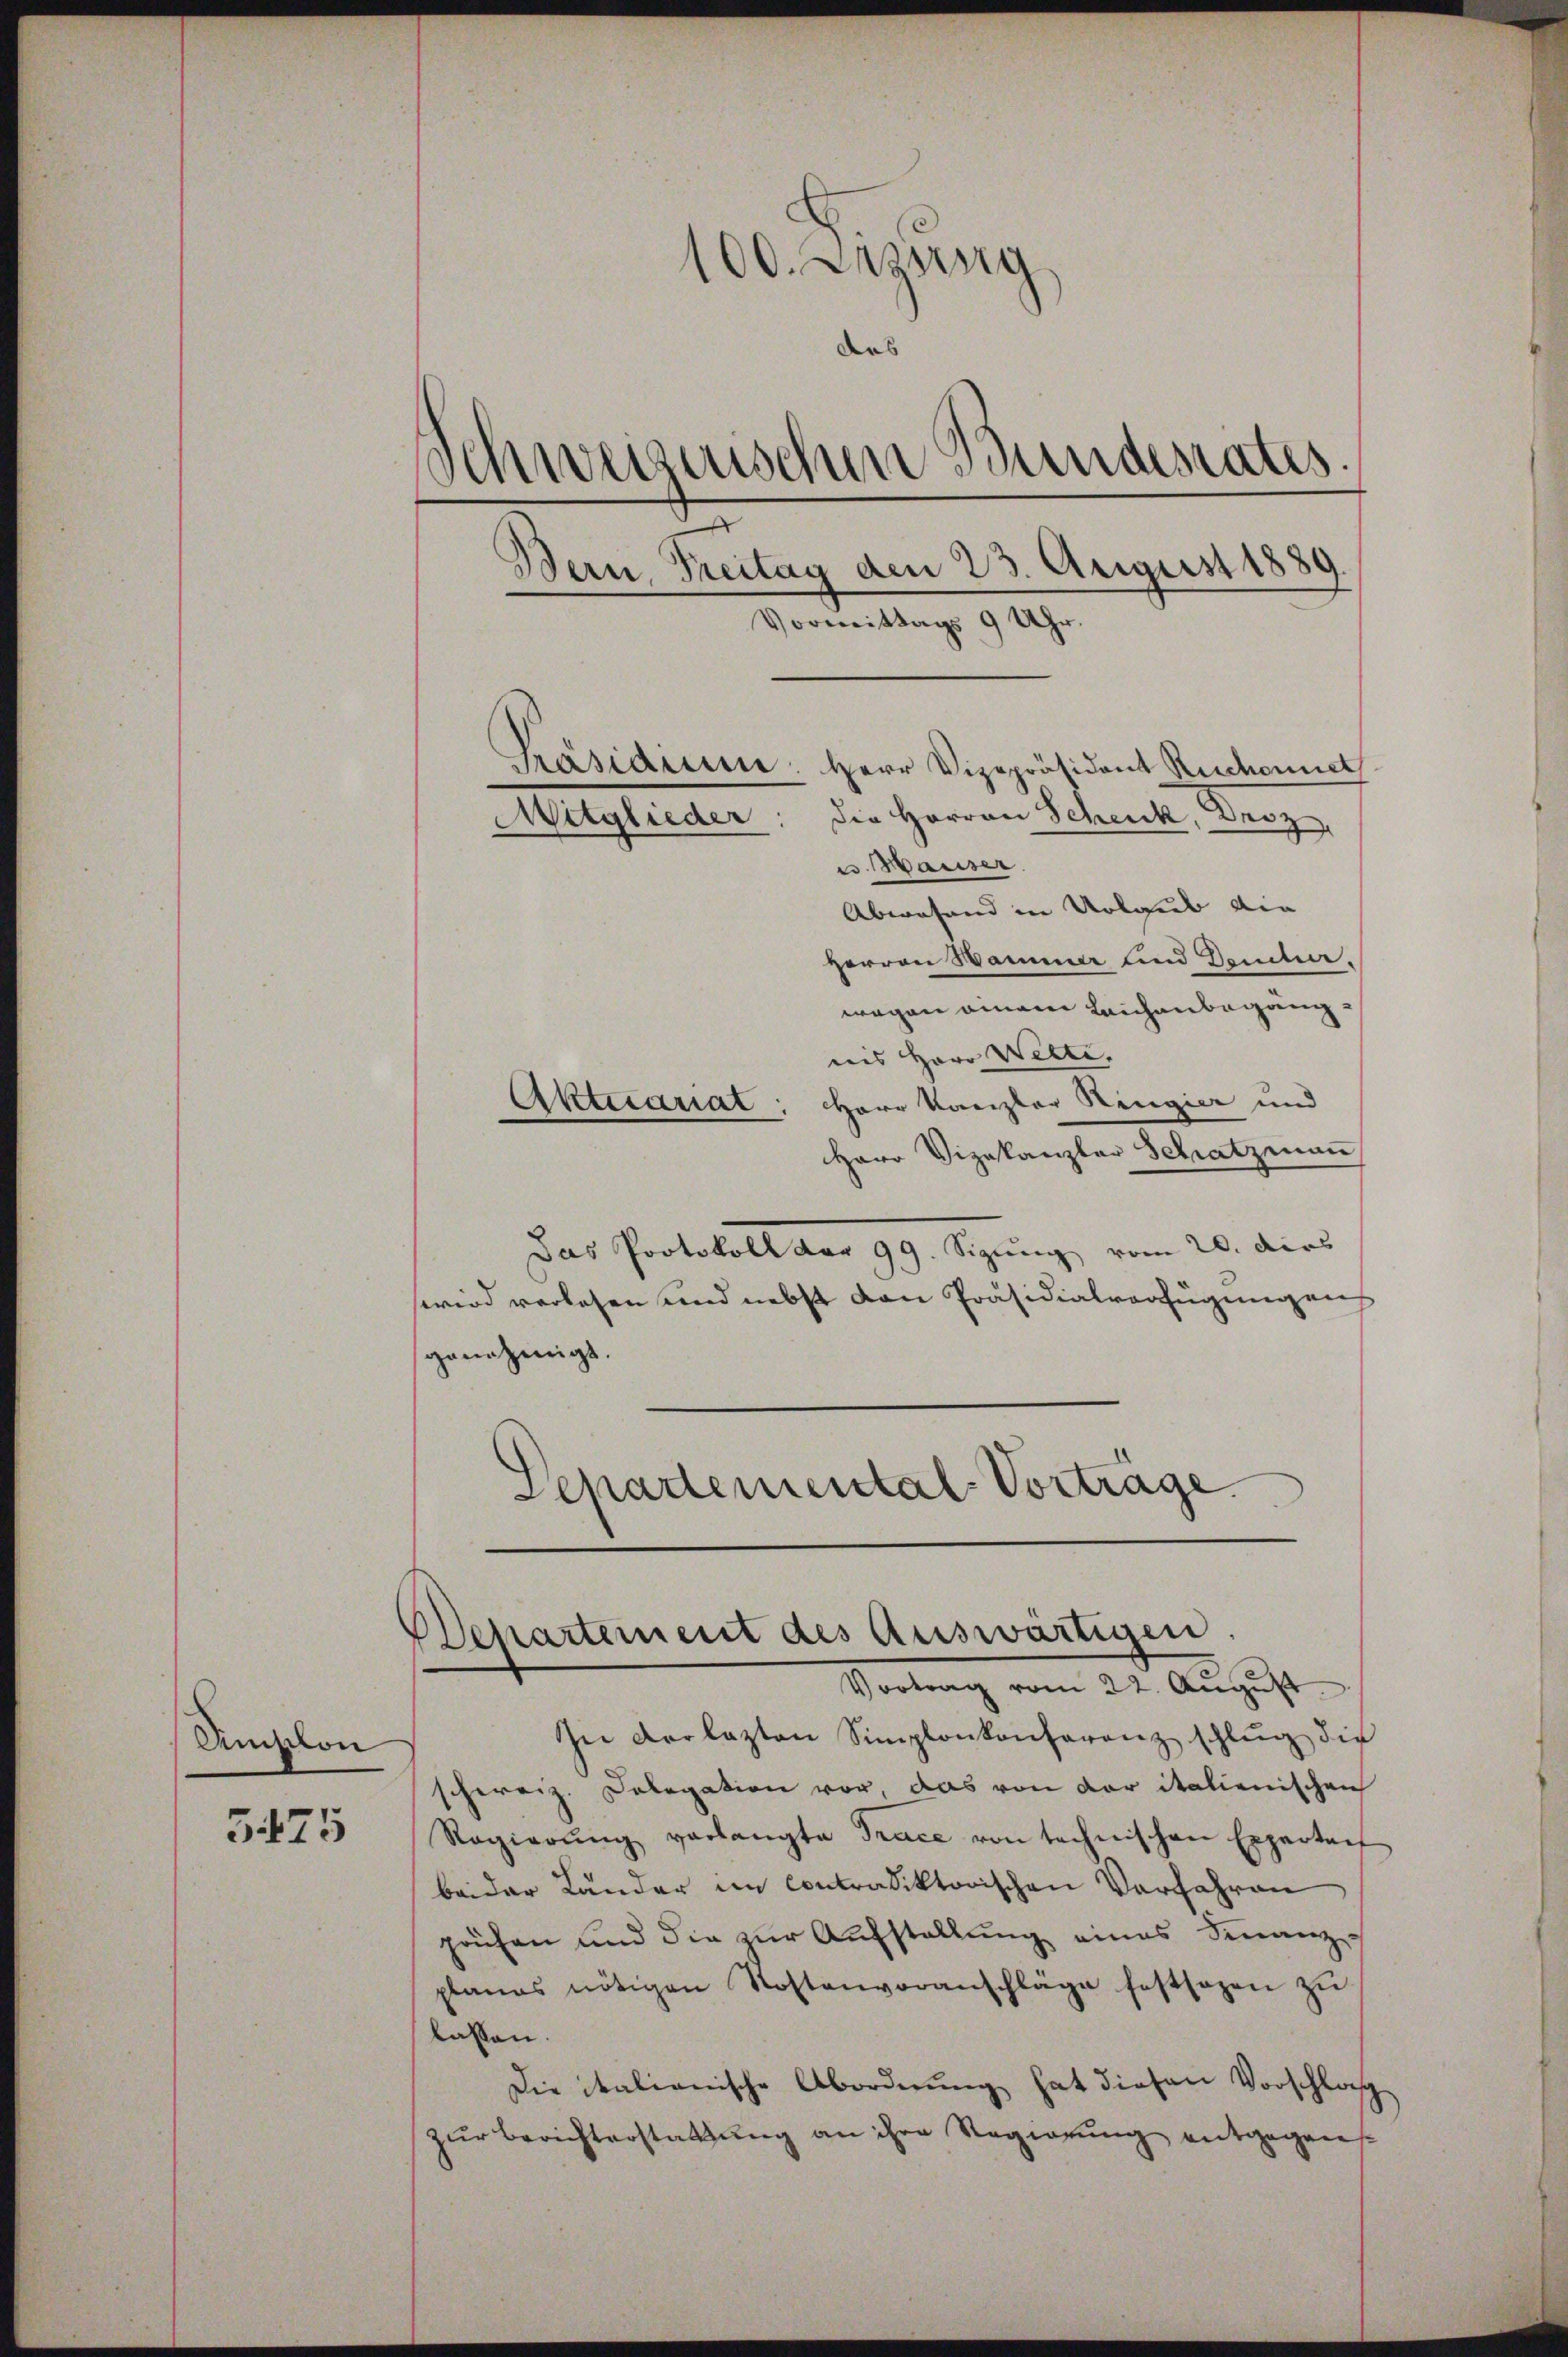
Unison

5475

100. Anzung
des
Schweizerischen Bundesrates.
.
Bern, Treitag den 23. August 1889.
Vormittags 9 Uhr.

u. Hauser
Abwesend in Urlaub die
Herren Hammer und Demten.
wegen einem Leichenbegängnis Herr Welte.
Aktecariat: Herr Kanzler Ringier und
Herr Vizekanzler Schatzmaṅ
Das Protokoll der 99. Sizung vom 20. dies
wird verlesen und nebst den Präsidialverfügungen
genehmigt.
Departemental-Vorträge

Präsidium. Herr Vizepräsident Ruchonnet
die Herren Schenk, Derz
Mitglieder

Departement des Auswärtigen.
Vortrag vom 22. August

In der lezten Simplonkonferenz schlŭg die
schweiz. Delegation vor, das von der italienischen
Regierŭng verlangte Trace von technischen Experteit
beider Länder im Contradiktorischen Verfahren
prüfen und die zur Aufstellung eines Finanz-
planes nötigen Kostenvoranschläge festsagen zŭ
lassen.
Die italienische Abordnung hat diesen Vorschlag
zur Berichterstattung an ihre Regierung entgegen¬